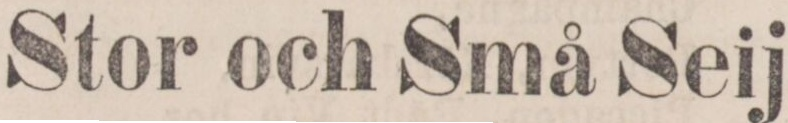
Stor och Små Seij